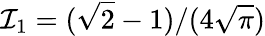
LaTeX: {\cal I}_{1}=(\sqrt{2}-1)/(4\sqrt{\pi})